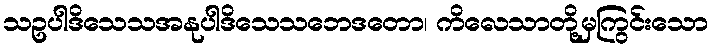
သဥပါဒိသေသအနုပါဒိသေသဘေဒတော၊ ကိလေသာတို့မှကြွင်းသော